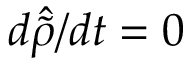
d \hat { \Tilde { \rho } } / d t = 0